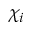
\chi _ { i }